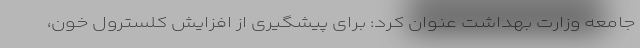
جامعه وزارت بهداشت عنوان کرد: برای پیشگیری از افزایش کلسترول خون،